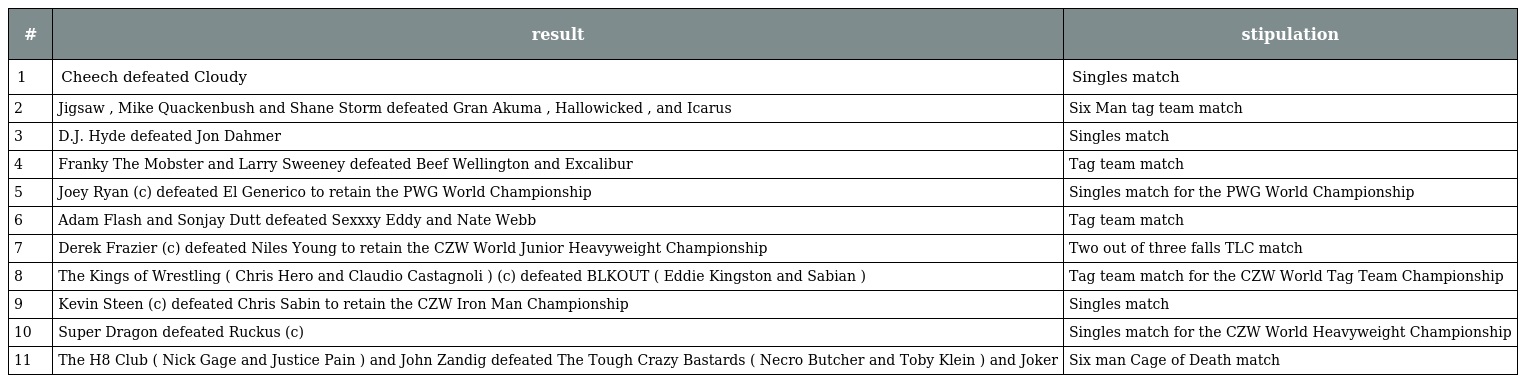
| # | result | stipulation |
 | --- | --- | --- |
 | 1 | Cheech defeated Cloudy | Singles match |
 | 2 | Jigsaw , Mike Quackenbush and Shane Storm defeated Gran Akuma , Hallowicked , and Icarus | Six Man tag team match |
 | 3 | D.J. Hyde defeated Jon Dahmer | Singles match |
 | 4 | Franky The Mobster and Larry Sweeney defeated Beef Wellington and Excalibur | Tag team match |
 | 5 | Joey Ryan (c) defeated El Generico to retain the PWG World Championship | Singles match for the PWG World Championship |
 | 6 | Adam Flash and Sonjay Dutt defeated Sexxxy Eddy and Nate Webb | Tag team match |
 | 7 | Derek Frazier (c) defeated Niles Young to retain the CZW World Junior Heavyweight Championship | Two out of three falls TLC match |
 | 8 | The Kings of Wrestling ( Chris Hero and Claudio Castagnoli ) (c) defeated BLKOUT ( Eddie Kingston and Sabian ) | Tag team match for the CZW World Tag Team Championship |
 | 9 | Kevin Steen (c) defeated Chris Sabin to retain the CZW Iron Man Championship | Singles match |
 | 10 | Super Dragon defeated Ruckus (c) | Singles match for the CZW World Heavyweight Championship |
 | 11 | The H8 Club ( Nick Gage and Justice Pain ) and John Zandig defeated The Tough Crazy Bastards ( Necro Butcher and Toby Klein ) and Joker | Six man Cage of Death match |